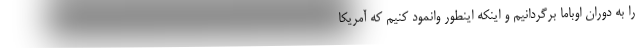
را به دوران اوباما برگردانیم و اینکه اینطور وانمود کنیم که آمریکا